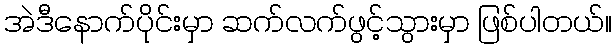
အဲဒီနောက်ပိုင်းမှာ ဆက်လက်ဖွင့်သွားမှာ ဖြစ်ပါတယ်။